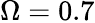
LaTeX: \Omega=0.7